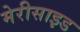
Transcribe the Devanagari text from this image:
मेरीसाइड